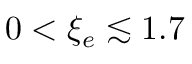
0 < \xi _ { e } \lesssim 1 . 7